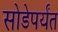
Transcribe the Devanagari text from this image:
सोडेपर्यंत